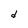
Character: d